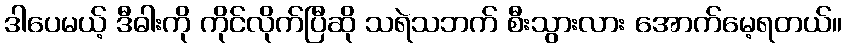
ဒါပေမယ့် ဒီဓါးကို ကိုင်လိုက်ပြီဆို သရဲသဘက် စီးသွားလား အောက်မေ့ရတယ်။